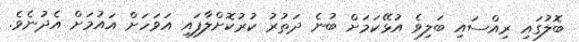
ބޮލުގައި ރިއްސައި ބަލިވެ އުޅޭކަމަށް ބުނެ ދަތުރު ކުރުކޮށްލާފައި އަވަހަށް އައުމަށް އެދުނެވެ.